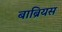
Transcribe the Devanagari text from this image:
बाब्रियस